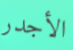
الأجدر